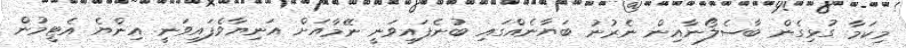
މިކަމާ ގުޅިގެން ބާސެލޯނާއިން ނެރުނު ބަޔާނެއްގައި ބުނެފައިވަނީ ނޭމާއަށް އަނިޔާވެފައިވަނީ އިންޔެ އެޓީމުން